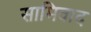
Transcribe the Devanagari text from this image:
सामिवाद